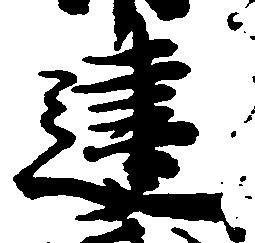
建